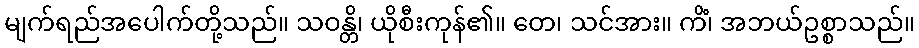
မျက်ရည်အပေါက်တို့သည်။ သဝန္တိ၊ ယိုစီးကုန်၏။ တေ၊ သင်အား။ ကိံ၊ အဘယ်ဥစ္စာသည်။